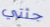
جثتي